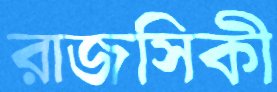
রাজসিকী